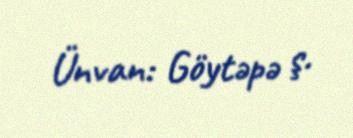
Ünvan: Göytəpə ş.